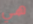
هي